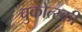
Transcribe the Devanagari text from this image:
चुकोत्स्की